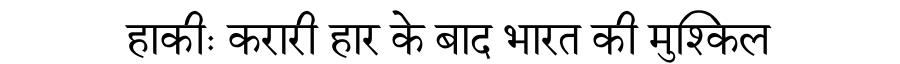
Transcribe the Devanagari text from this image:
हाकीः करारी हार के बाद भारत की मुश्किल